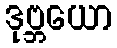
ဒုဗ္ဘယော